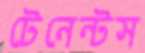
টেনেন্টস